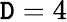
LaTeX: \mathtt{D}=4